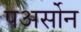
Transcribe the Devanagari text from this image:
पअर्सोन